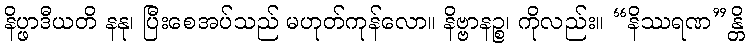
နိပ္ဖာဒီယတိ နနု၊ ပြီးစေအပ်သည် မဟုတ်ကုန်လော။ နိဗ္ဗာနဉ္စ၊ ကိုလည်း။ “နိဿရဏ”န္တိ